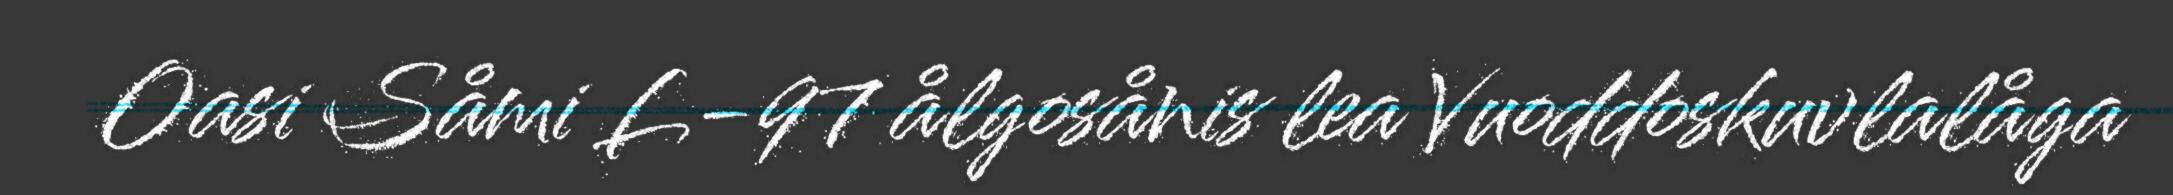
Oasi Såmi L-97 ålgosånis lea Vuoddoskuvlalåga